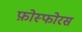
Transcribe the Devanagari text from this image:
फ़ोस्फोरस